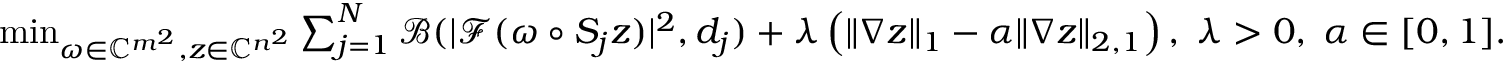
\begin{array} { r } { \operatorname* { m i n } _ { \omega \in \mathbb { C } ^ { m ^ { 2 } } , z \in \mathbb { C } ^ { n ^ { 2 } } } \sum _ { j = 1 } ^ { N } \mathcal { B } ( | \mathcal { F } ( \omega \circ S _ { j } z ) | ^ { 2 } , d _ { j } ) + \lambda \left( \| \nabla z \| _ { 1 } - \alpha \| \nabla z \| _ { 2 , 1 } \right) , \; \lambda > 0 , \; \alpha \in [ 0 , 1 ] . } \end{array}